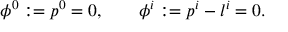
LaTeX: \phi ^ { 0 } : = p ^ { 0 } = 0 , \qquad \phi ^ { i } : = p ^ { i } - l ^ { i } = 0 .